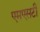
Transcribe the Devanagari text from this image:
एमएसटी